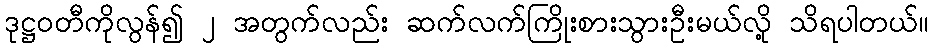
ဒုဋ္ဌဝတီကိုလွန်၍ ၂ အတွက်လည်း ဆက်လက်ကြိုးစားသွားဦးမယ်လို့ သိရပါတယ်။